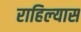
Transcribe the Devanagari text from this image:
राहिल्‍यास